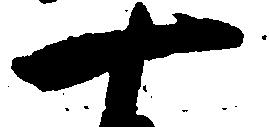
十